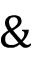
\&